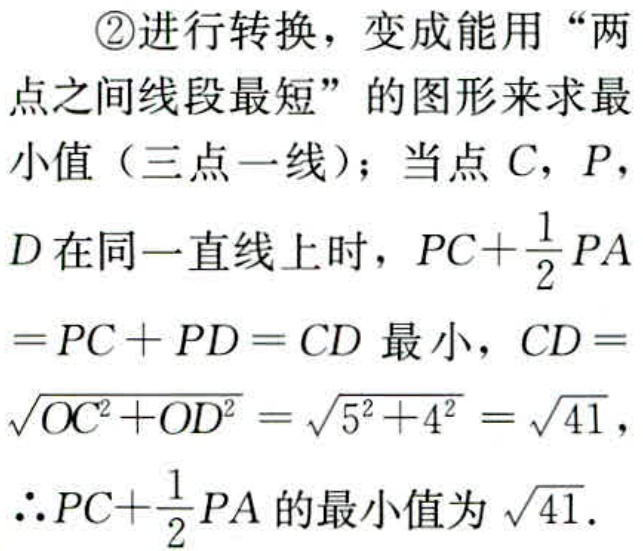
\textcircled{2}进行转换，变成能用“两点之间线段最短”的图形来求最小值（三点一线）；当点\(C\)，\(P\)，\(D\)在同一直线上时，\(PC + \frac{1}{2}PA=PC + PD = CD\)最小，\(CD = \sqrt{OC^{2}+OD^{2}}=\sqrt{5^{2}+4^{2}}=\sqrt{41}\)，\(\therefore PC+\frac{1}{2}PA\)的最小值为\(\sqrt{41}\)．